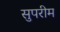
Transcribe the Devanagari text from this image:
सुपरीम